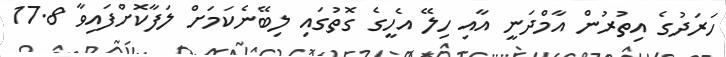
ހަރަދުގެ އިތުރުން އާމްދަނީ އާއި ހިލޭ އެހީގެ ގޮތުގައި ލިބޭނެކަމަށް ލަފާކޮށްފައިވާ 17.8